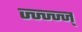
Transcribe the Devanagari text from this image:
ज्ज्ज्ज्ज्